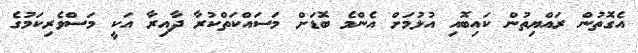
އެގޮތުން ރައްޔިތުން ކައިބޮއި އުޅުމަށް އެންމެ ބޮޑަށް މަސައްކަތްކުރާ ދާއިރާ އަކީ މަސްވެރިކަމުގެ